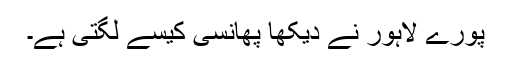
پورے لاہور نے دیکھا پھانسی کیسے لگتی ہے۔